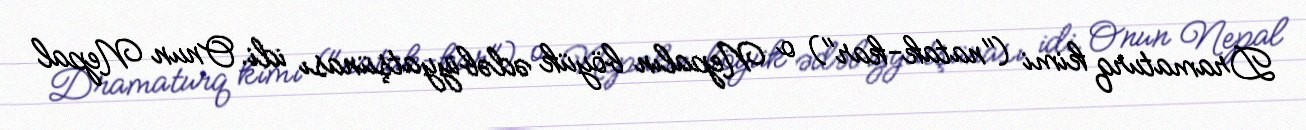
Dramaturq kimi ("natak-kar") o Nepalın böyük ədəbiyyatşünası idi. Onun Nepal